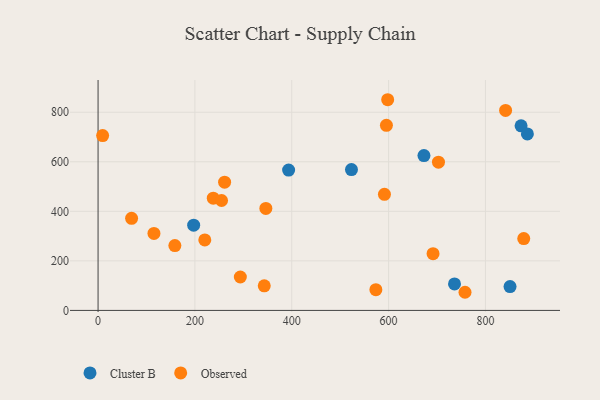
{"axis": {"x": "Price", "y": "Demand"}, "legend": ["Cluster B", "Observed"], "data": [{"x": "850.8", "y": 96.3, "type": "Cluster B"}, {"x": "736.1", "y": 107.0, "type": "Cluster B"}, {"x": "873.6", "y": 745.0, "type": "Cluster B"}, {"x": "673.0", "y": 624.9, "type": "Cluster B"}, {"x": "523.3", "y": 568.7, "type": "Cluster B"}, {"x": "886.6", "y": 712.5, "type": "Cluster B"}, {"x": "197.4", "y": 344.1, "type": "Cluster B"}, {"x": "393.5", "y": 566.6, "type": "Cluster B"}, {"x": "237.9", "y": 453.1, "type": "Observed"}, {"x": "158.6", "y": 261.8, "type": "Observed"}, {"x": "703.0", "y": 598.2, "type": "Observed"}, {"x": "346.5", "y": 411.8, "type": "Observed"}, {"x": "757.8", "y": 73.2, "type": "Observed"}, {"x": "595.5", "y": 747.1, "type": "Observed"}, {"x": "220.4", "y": 284.4, "type": "Observed"}, {"x": "573.7", "y": 83.5, "type": "Observed"}, {"x": "841.6", "y": 807.5, "type": "Observed"}, {"x": "261.3", "y": 517.8, "type": "Observed"}, {"x": "343.2", "y": 99.2, "type": "Observed"}, {"x": "9.4", "y": 705.7, "type": "Observed"}, {"x": "293.8", "y": 134.8, "type": "Observed"}, {"x": "69.2", "y": 371.6, "type": "Observed"}, {"x": "591.4", "y": 468.7, "type": "Observed"}, {"x": "115.4", "y": 310.7, "type": "Observed"}, {"x": "879.1", "y": 290.0, "type": "Observed"}, {"x": "691.8", "y": 229.2, "type": "Observed"}, {"x": "598.1", "y": 850.5, "type": "Observed"}, {"x": "255.0", "y": 443.6, "type": "Observed"}]}